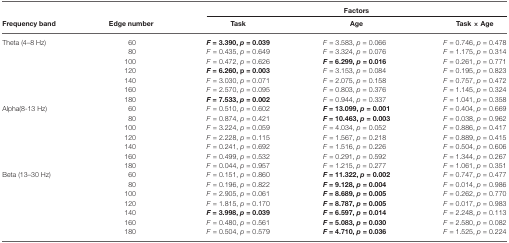
<table><thead><tr><td></td><td></td><td colspan="3"><b>Factors</b></td></tr><tr><td><b>Frequency band</b></td><td><b>Edge number</b></td><td><b>Task</b></td><td><b>Age</b></td><td><b>Task × Age</b></td></tr></thead><tbody><tr><td>Theta (4–8 Hz)</td><td>60</td><td><b><i>F</i> = 3.390, <i>p</i> = 0.039</b></td><td><i>F</i> = 3.583, <i>p</i> = 0.066</td><td><i>F</i> = 0.746, <i>p</i> = 0.478</td></tr><tr><td></td><td>80</td><td><i>F</i> = 0.435, <i>p</i> = 0.649</td><td><i>F</i> = 3.324, <i>p</i> = 0.076</td><td><i>F</i> = 1.175, <i>p</i> = 0.314</td></tr><tr><td></td><td>100</td><td><i>F</i> = 0.472, <i>p</i> = 0.626</td><td><b><i>F</i> = 6.299, <i>p</i> = 0.016</b></td><td><i>F</i> = 0.261, <i>p</i> = 0.771</td></tr><tr><td></td><td>120</td><td><b><i>F</i> = 6.260, <i>p</i> = 0.003</b></td><td><i>F</i> = 3.153, <i>p</i> = 0.084</td><td><i>F</i> = 0.195, <i>p</i> = 0.823</td></tr><tr><td></td><td>140</td><td><i>F</i> = 3.030, <i>p</i> = 0.071</td><td><i>F</i> = 2.075, <i>p</i> = 0.158</td><td><i>F</i> = 0.757, <i>p</i> = 0.472</td></tr><tr><td></td><td>160</td><td><i>F</i> = 2.570, <i>p</i> = 0.095</td><td><i>F</i> = 0.803, <i>p</i> = 0.376</td><td><i>F</i> = 1.145, <i>p</i> = 0.324</td></tr><tr><td></td><td>180</td><td><b><i>F</i> = 7.533, <i>p</i> = 0.002</b></td><td><i>F</i> = 0.944, <i>p</i> = 0.337</td><td><i>F</i> = 1.041, <i>p</i> = 0.358</td></tr><tr><td>Alpha(8-13 Hz)</td><td>60</td><td><i>F</i> = 0.510, <i>p</i> = 0.602</td><td><b><i>F</i> = 13.099, <i>p</i> = 0.001</b></td><td><i>F</i> = 0.404, <i>p</i> = 0.669</td></tr><tr><td></td><td>80</td><td><i>F</i> = 0.874, <i>p</i> = 0.421</td><td><b><i>F</i> = 10.463, <i>p</i> = 0.003</b></td><td><i>F</i> = 0.038, <i>p</i> = 0.962</td></tr><tr><td></td><td>100</td><td><i>F</i> = 3.224, <i>p</i> = 0.059</td><td><i>F</i> = 4.034, <i>p</i> = 0.052</td><td><i>F</i> = 0.886, <i>p</i> = 0.417</td></tr><tr><td></td><td>120</td><td><i>F</i> = 2.228, <i>p</i> = 0.115</td><td><i>F</i> = 1.567, <i>p</i> = 0.218</td><td><i>F</i> = 0.889, <i>p</i> = 0.415</td></tr><tr><td></td><td>140</td><td><i>F</i> = 0.241, <i>p</i> = 0.692</td><td><i>F</i> = 1.516, <i>p</i> = 0.226</td><td><i>F</i> = 0.504, <i>p</i> = 0.606</td></tr><tr><td></td><td>160</td><td><i>F</i> = 0.499, <i>p</i> = 0.532</td><td><i>F</i> = 0.291, <i>p</i> = 0.592</td><td><i>F</i> = 1.344, <i>p</i> = 0.267</td></tr><tr><td></td><td>180</td><td><i>F</i> = 0.044, <i>p</i> = 0.957</td><td><i>F</i> = 1.215, <i>p</i> = 0.277</td><td><i>F</i> = 1.061, <i>p</i> = 0.351</td></tr><tr><td>Beta (13–30 Hz)</td><td>60</td><td><i>F</i> = 0.151, <i>p</i> = 0.860</td><td><b><i>F</i> = 11.322, <i>p</i> = 0.002</b></td><td><i>F</i> = 0.747, <i>p</i> = 0.477</td></tr><tr><td></td><td>80</td><td><i>F</i> = 0.196, <i>p</i> = 0.822</td><td><b><i>F</i> = 9.128, <i>p</i> = 0.004</b></td><td><i>F</i> = 0.014, <i>p</i> = 0.986</td></tr><tr><td></td><td>100</td><td><i>F</i> = 2.905, <i>p</i> = 0.061</td><td><b><i>F</i> = 8.689, <i>p</i> = 0.005</b></td><td><i>F</i> = 0.262, <i>p</i> = 0.770</td></tr><tr><td></td><td>120</td><td><i>F</i> = 1.815, <i>p</i> = 0.170</td><td><b><i>F</i> = 8.787, <i>p</i> = 0.005</b></td><td><i>F</i> = 0.017, <i>p</i> = 0.983</td></tr><tr><td></td><td>140</td><td><b><i>F</i> = 3.998, <i>p</i> = 0.039</b></td><td><b><i>F</i> = 6.597, <i>p</i> = 0.014</b></td><td><i>F</i> = 2.248, <i>p</i> = 0.113</td></tr><tr><td></td><td>160</td><td><i>F</i> = 0.480, <i>p</i> = 0.561</td><td><b><i>F</i> = 5.083, <i>p</i> = 0.030</b></td><td><i>F</i> = 2.580, <i>p</i> = 0.082</td></tr><tr><td></td><td>180</td><td><i>F</i> = 0.504, <i>p</i> = 0.579</td><td><b><i>F</i> = 4.710, <i>p</i> = 0.036</b></td><td><i>F</i> = 1.525, <i>p</i> = 0.224</td></tr></tbody></table>